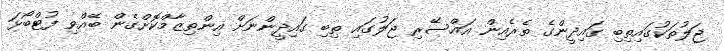
ޖަލުތަކުގައިތިބި ގައިދީންގެ ތެރެއިން އައްސޭރި ޖަލުގައި ތިބި ގައިދީންނަށް އިންތިޒާމްކޮށްގެން ބޭއްވި ފުޓްބޯޅަ